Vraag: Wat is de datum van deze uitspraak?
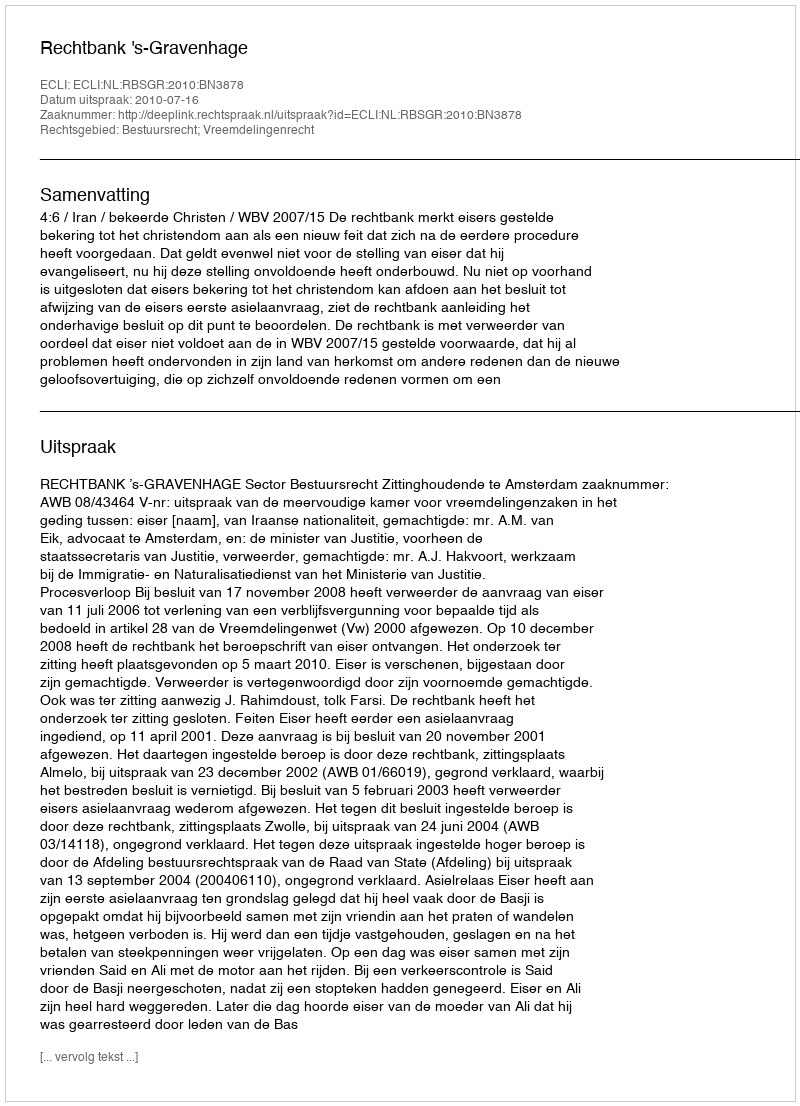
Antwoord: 2010-07-16